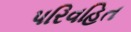
પરિવહિત